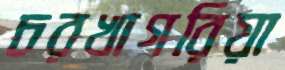
চরখাগরিয়া